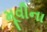
મૂવીના